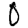
Digit: 0